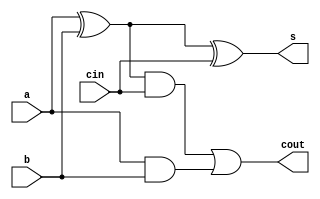
//A full-adder slice of a ripple carry adder

`timescale 1ns / 10ps

module Slice (
	a, b, cin,
	s, cout
	);
	input a, b, cin;
	output s, cout;

	wire p, g, h;
	
	assign #1 p = a ^ b;
	assign #1 g = a & b;

	assign #1 s = p ^ cin;
	assign #1 h = (p & cin);
	assign #1 cout = h | g;

endmodule

/*               Schematic
           _____
a --+-----\\    \          _____
    |      ))XOR )--p--+--\\    \
b --|--+--//____/      |   ))XOR )--s
cin-|--|------------+--|--//____/
    |  |            |  |   _____
    |  |            |  +--|     \   _____ 
    |  |   _____    |     | AND  )--\    \
    |  +--|     \   +-----|_____/    )OR  )--cout
    |     |  AND )--g---------------/____/
    +-----|_____/      
*/